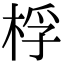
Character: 桴